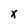
Character: x